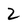
Character: 2